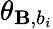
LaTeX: \theta_{\mathbf{B},b_{i}}